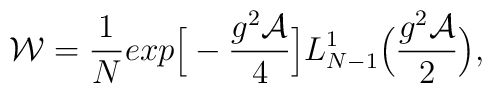
{\cal W}=\frac{1}{N}exp\Big[- \frac { g^2\cal A}{4}\Big]L^1_{N-1}\Bigl(\frac{g^2 {\cal A}}{2}\Bigr),